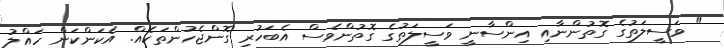
" ވަސީލަތުގެ ގޮތުންނާއި އިންސާނީ ވަސީލަތުގެ ގޮތުންވެސް އެބަހުރި ގޮންޖެހުންތަކެއް. އެކަންކަން ހައްލު